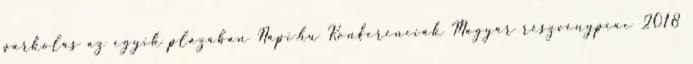
parkolás az egyik plázában Napi.hu Konferenciák Magyar részvénypiac 2018